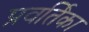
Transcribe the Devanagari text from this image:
प्रवर्तिका